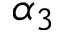
\alpha _ { 3 }